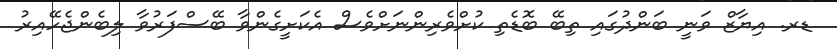
ޑރ. އިޔާޒް ވަނީ ބަންދުގައި ތިބޭ ބޮޑެތި ކުށްވެރިންނަށްވެސް އެކަށީގެންވާ ބޭސްފަރުވާ ލިބެންޖެހޭއިރު